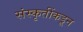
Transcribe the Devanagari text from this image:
संस्कृतींकडून